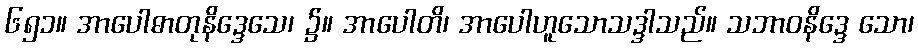
၆၅၁။ အာပေါဓာတုနိဒ္ဒေသေ၊ ၌။ အာပေါတိ၊ အာပေါဟူသောသဒ္ဒါသည်။ သဘာဝနိဒ္ဒေ သော၊